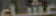
عشاء